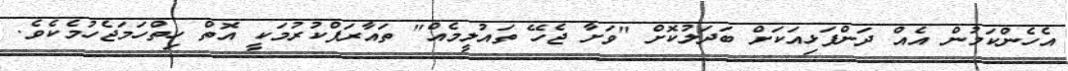
އެހެންކަމުން އެއް ދަންފަޅިއަކަށް ބަދަލުކޮށް "ވަށާ ޖެހޭ ތައުލީމެއް" ތައާރަފްކުރުމަކީ އޮތް ހިތްހަމަޖެހުމެކެވެ.